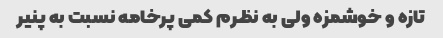
تازه و خوشمزه ولی به نظرم کمی پرخامه نسبت به پنیر